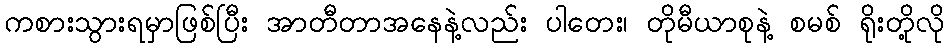
ကစားသွားရမှာဖြစ်ပြီး အာတီတာအနေနဲ့လည်း ပါတေး၊ တိုမီယာစုနဲ့ စမစ် ရိုးတို့လို